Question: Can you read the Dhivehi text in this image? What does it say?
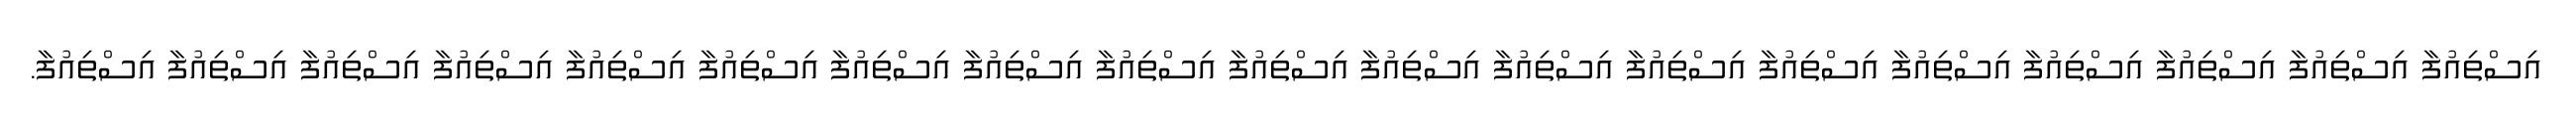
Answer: އިސްތިއުފާ އިސްތިއުފާ އިސްތިއުފާ އިސްތިއުފާ އިސްތިއުފާ އިސްތިއުފާ އިސްތިއުފާ އިސްތިއުފާ އިސްތިއުފާ އިސްތިއުފާ އިސްތިއުފާ އިސްތިއުފާ އިސްތިއުފާ އިސްތިއުފާ އިސްތިއުފާ އިސްތިއުފާ އިސްތިއުފާ އިސްތިއުފާ އިސްތިއުފާ.